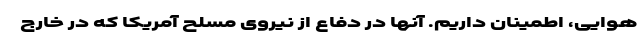
هوایی، اطمینان داریم. آنها در دفاع از نیروی مسلح آمریکا که در خارج